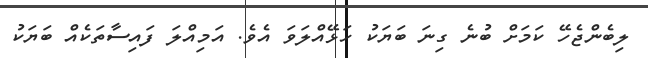
ލިބެންޖެހޭ ކަމަށް ބުނެ ގިނަ ބަޔަކު ހަޅޭއްލަވަ އެވެ. އަމިއްލަ ފައިސާތަކެއް ބަޔަކު